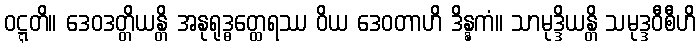
ဝဋ္ဋတိ။ ဒေဝဒတ္တိယန္တိ အနုရုဒ္ဓတ္ထေရဿ ဝိယ ဒေဝတာဟိ ဒိန္နကံ။ သာမုဒ္ဒိယန္တိ သမုဒ္ဒဝီစီဟိ